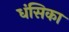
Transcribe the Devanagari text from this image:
धंसिका